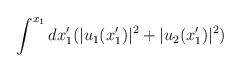
LaTeX: \begin{align*}\int^{x_1} dx_1^{\prime} (|u_1(x_1^{\prime})|^2 + |u_2(x_1^{\prime})|^2)\end{align*}